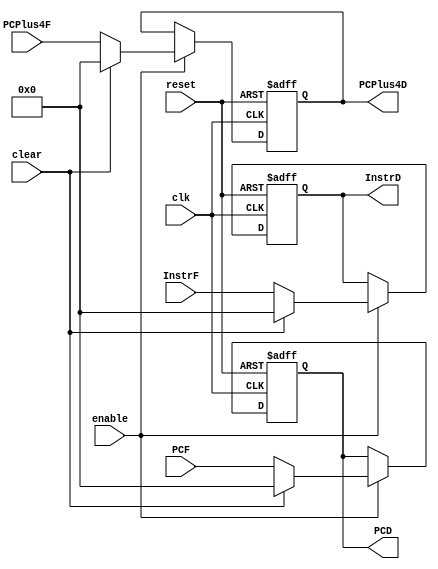
/*
	Name: Pipeline register between Datapath Fetch and Decode Stage
*/



module IF_ID (clk, reset, clear, enable,InstrF, PCF, PCPlus4F,InstrD, PCD, PCPlus4D);
            
          input clk, reset, clear, enable;
          input [31:0] InstrF, PCF, PCPlus4F;
          output reg [31:0] InstrD, PCD, PCPlus4D;


always @( posedge clk, posedge reset ) begin
    if (reset) begin // Asynchronous Clear
        InstrD <= 0;
        PCD <= 0;
        PCPlus4D <= 0;
    end

    else if (enable) begin 
		 if (clear) begin // Synchrnous Clear
			  InstrD <= 0;
			  PCD <= 0;
			  PCPlus4D <= 0;	 
		 end
		 
		 else begin	 
			  InstrD <= InstrF;
			  PCD <= PCF;
			  PCPlus4D <= PCPlus4F;
		 end
	 end
end

endmodule